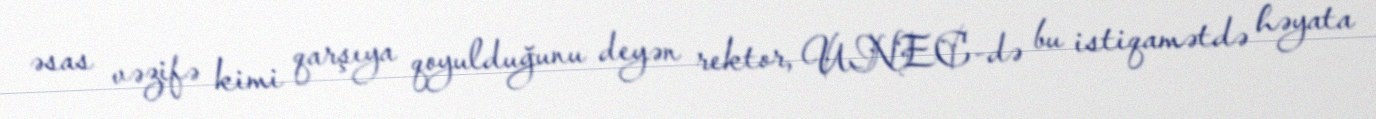
əsas vəzifə kimi qarşıya qoyulduğunu deyən rektor, UNEC-də bu istiqamətdə həyata